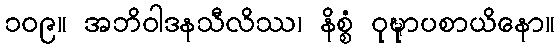
၁၀၉။ အဘိဝါဒနသီလိဿ၊ နိစ္စံ ဝုဍ္ဎုာပစာယိနော။